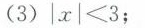
(3)$$|x| ≤ 3$$；